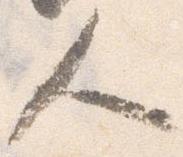
人